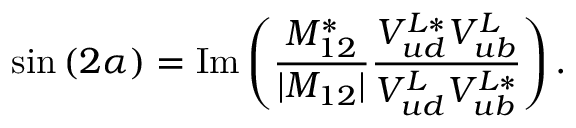
\sin { ( 2 \alpha ) } = \mathrm { I m } \left( { \frac { M _ { 1 2 } ^ { * } } { | M _ { 1 2 } | } } { \frac { V _ { u d } ^ { L * } V _ { u b } ^ { L } } { V _ { u d } ^ { L } V _ { u b } ^ { L * } } } \right) .